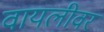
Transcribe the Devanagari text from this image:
वायलीवर